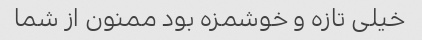
خیلی تازه و خوشمزه بود ممنون از شما